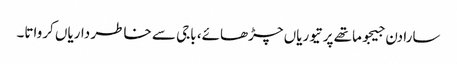
سارا دن جیجو ماتھے پر تیوریاں چڑھائے، باجی سے خاطر داریاں کرواتا۔